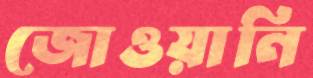
জোওয়ানি